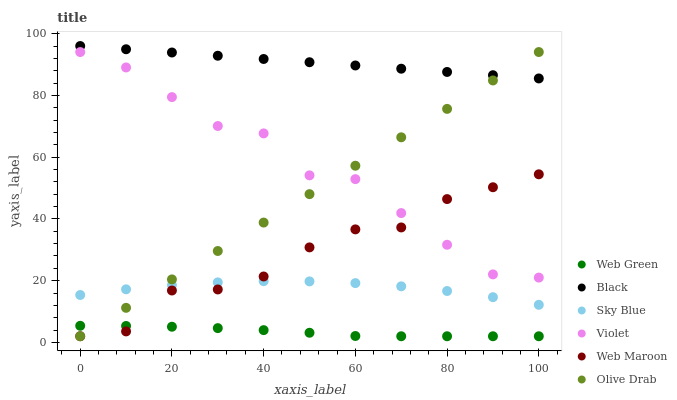
| xaxis_label | Web Green | Black | Sky Blue | Violet | Web Maroon | Olive Drab |
 | --- | --- | --- | --- | --- | --- | --- |
 | 0 | 5.39 | 96 | 15.4 | 94 | 2 | 2 |
 | 10 | 5.33 | 94.9 | 17.2 | 89.1 | 3.57 | 11.2 |
 | 20 | 5.08 | 93.9 | 18.6 | 79.5 | 16.8 | 20.4 |
 | 30 | 4.63 | 92.8 | 19.4 | 70.1 | 17.2 | 29.6 |
 | 40 | 3.98 | 91.8 | 19.8 | 67.7 | 21.4 | 38.8 |
 | 50 | 3.13 | 90.7 | 19.8 | 54.1 | 30.8 | 48 |
 | 60 | 2.08 | 89.7 | 19.2 | 52.9 | 36.6 | 57.2 |
 | 70 | 2 | 88.6 | 18.2 | 41.9 | 37.2 | 66.4 |
 | 80 | 2 | 87.6 | 16.7 | 31.6 | 46.4 | 75.6 |
 | 90 | 2 | 86.5 | 14.7 | 22 | 50.3 | 84.8 |
 | 100 | 2 | 85.5 | 12.2 | 21 | 54.5 | 94 |